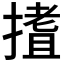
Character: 𭢈